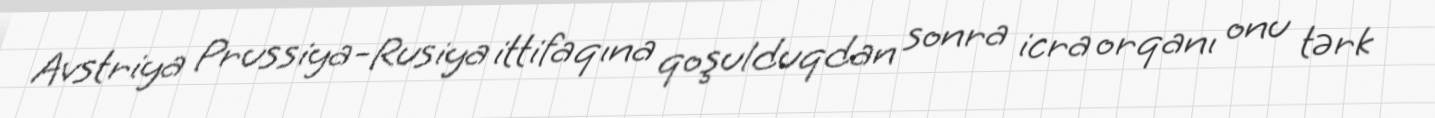
Avstriya Prussiya-Rusiya ittifaqına qoşulduqdan sonra icra orqanı onu tərk